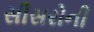
સીસરોની